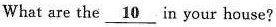
What are the \underline{10} in your house?